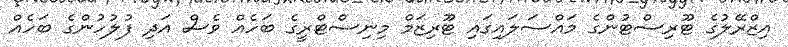
އިޒްރޭލުގެ ޓޫރިސްޓުންގެ މައްސަލައިގައި ޓޫރިޒަމް މިނިސްޓްރީގެ ބަހެއް ވެސް އަދި ފުލުހުންގެ ބަހެއް